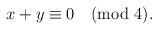
LaTeX: \begin{align*}x+y\equiv 0\pmod 4.\end{align*}